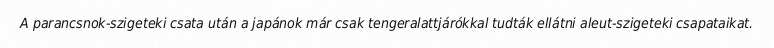
A parancsnok-szigeteki csata után a japánok már csak tengeralattjárókkal tudták ellátni aleut-szigeteki csapataikat.